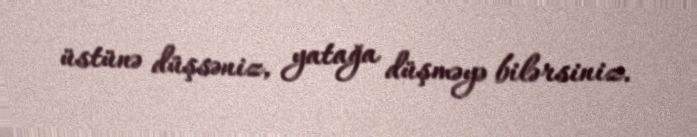
üstünə düşsəniz, yatağa düşməyə bilərsiniz.